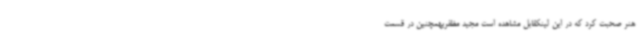
هنر صحبت کرد که در این لینکقابل مشاهده است مجید مظفریهمچنین در قسمت